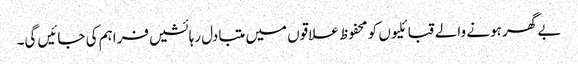
بے گھر ہونے والے قبائلیوں کو محفوظ علاقوں میں متبادل رہائشیں فراہم کی جائیں گی۔